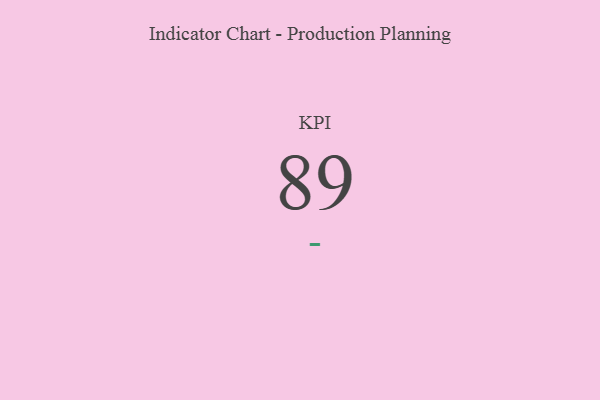
{"axis": {"x": "KPI", "y": "Value"}, "legend": [""], "data": [{"x": "KPI", "y": 89, "type": ""}]}